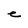
Character: e